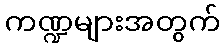
ကဏ္ဍများအတွက်